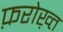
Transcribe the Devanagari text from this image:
फ़रोख़्त